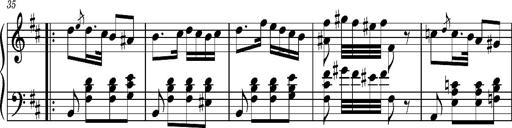
Title: Ungarischer Romanzero
Composer: Franz Liszt